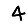
Digit: 4